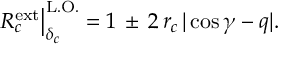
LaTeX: \left. R _ { c } ^ { \mathrm { e x t } } \right| _ { \delta _ { c } } ^ { \mathrm { L . O . } } = 1 \, \pm \, 2 \, r _ { c } \, | \cos \gamma - q | .